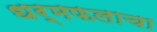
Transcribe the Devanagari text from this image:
धर्मफलाचा